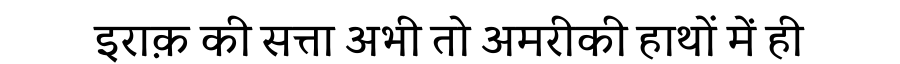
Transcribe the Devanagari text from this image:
इराक़ की सत्ता अभी तो अमरीकी हाथों में ही